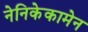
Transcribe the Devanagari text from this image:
नेनिकेकामेन